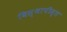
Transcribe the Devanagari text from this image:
विस्थापीस्त